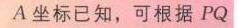
\(A\)坐标已知，可根据\(PQ\)